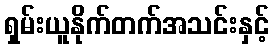
ရှမ်းယူနိုက်တက်အသင်းနှင့်